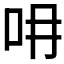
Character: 𠯍